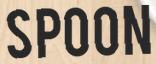
SPOON